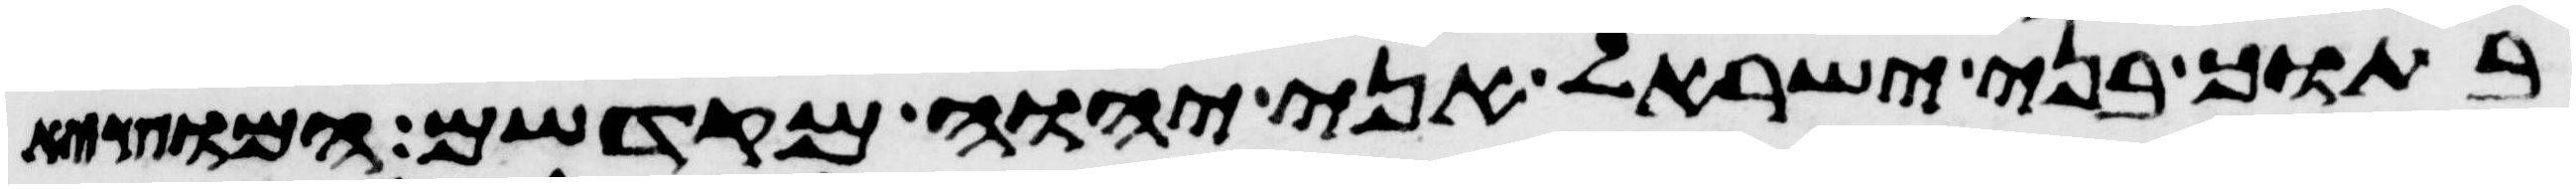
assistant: בתוך בני ישראל אני יהוה מקדשם המוצא